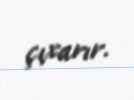
çıxarır.